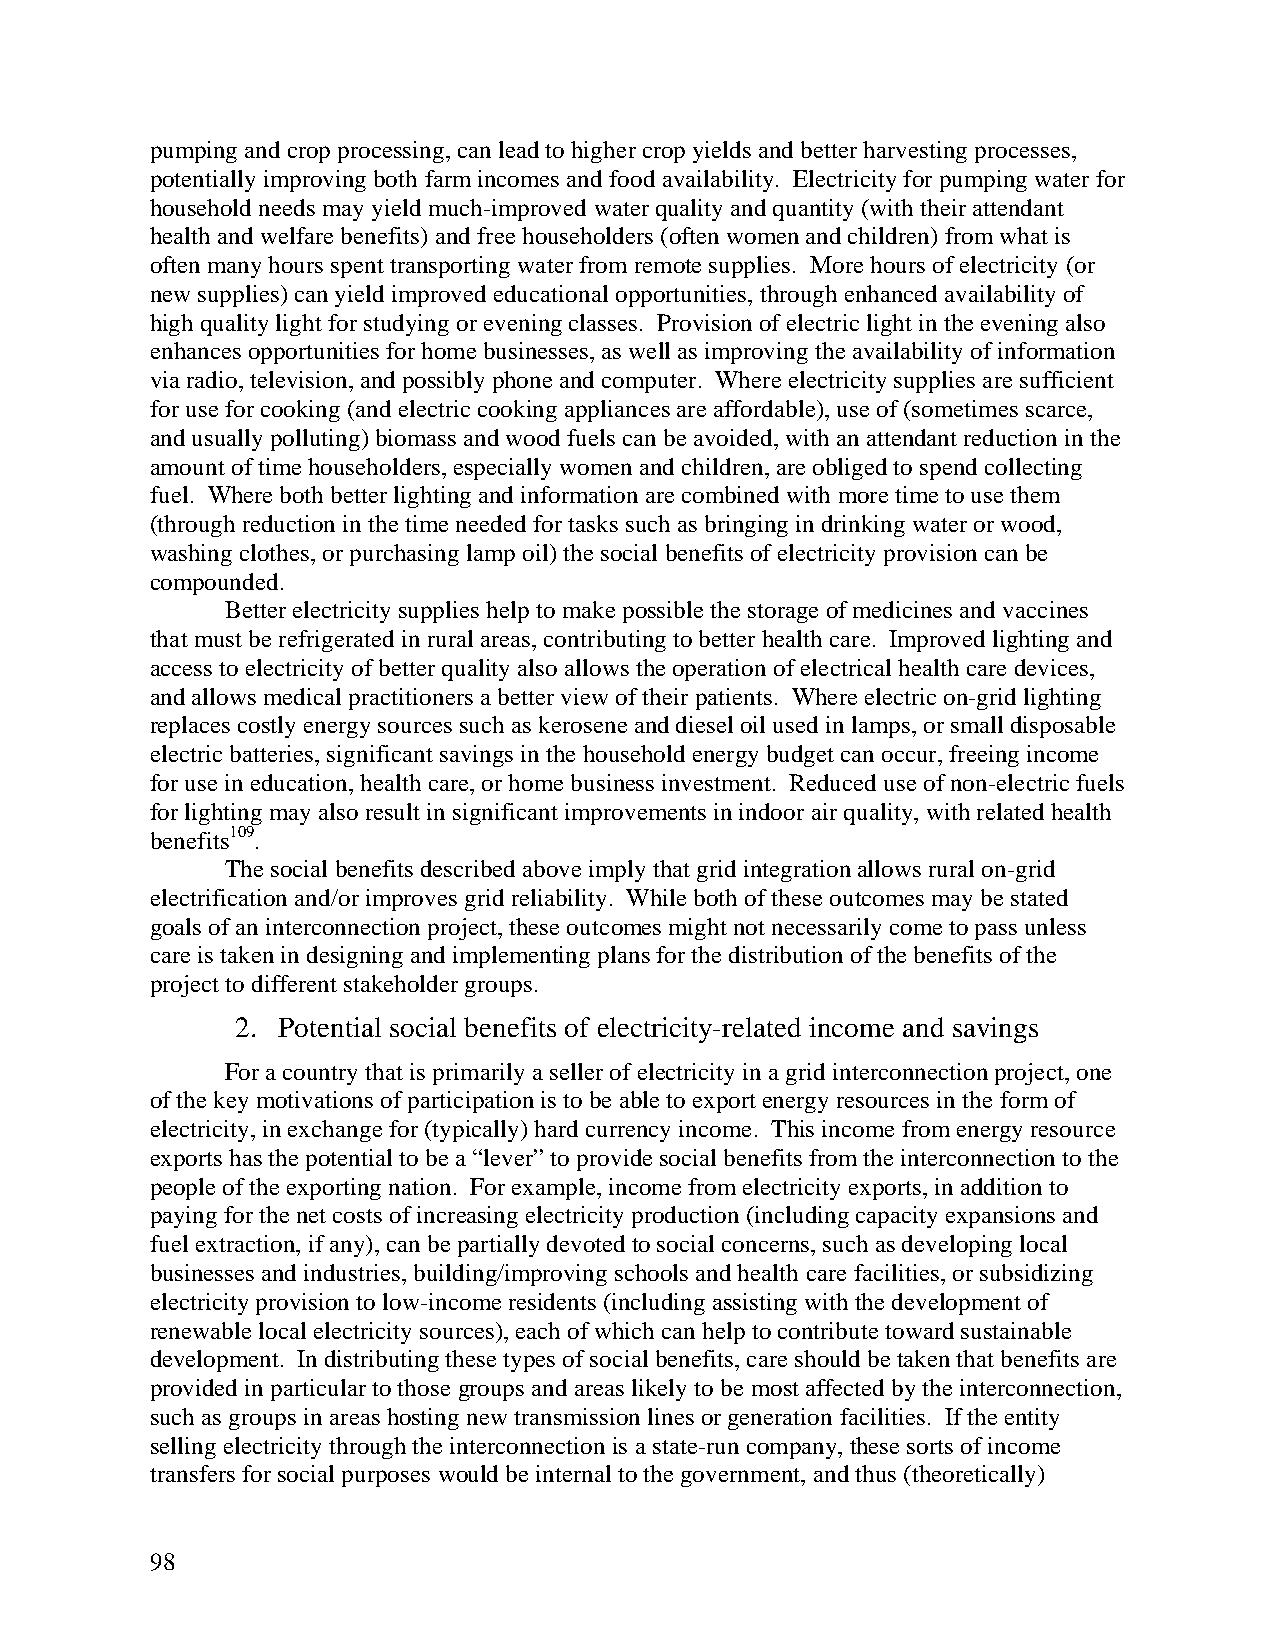
pumping and crop processing, can lead to higher crop yields and better harvesting processes,
 potentially improving both farm incomes and food availability. Electricity for pumping water for
 household needs may yield much-improved water quality and quantity (with their attendant
 health and welfare benefits) and free householders (often women and children) from what is
 often many hours spent transporting water from remote supplies. More hours of electricity (or
 new supplies) can yield improved educational opportunities, through enhanced availability of
 high quality light for studying or evening classes. Provision of electric light in the evening also
 enhances opportunities for home businesses, as well as improving the availability of information
 via radio, television, and possibly phone and computer. Where electricity supplies are sufficient
 for use for cooking (and electric cooking appliances are affordable), use of (sometimes scarce,
 and usually polluting) biomass and wood fuels can be avoided, with an attendant reduction in the
 amount of time householders, especially women and children, are obliged to spend collecting
 fuel. Where both better lighting and information are combined with more time to use them
 (through reduction in the time needed for tasks such as bringing in drinking water or wood,
 washing clothes, or purchasing lamp oil) the social benefits of electricity provision can be
 compounded.
 Better electricity supplies help to make possible the storage of medicines and vaccines
 that must be refrigerated in rural areas, contributing to better health care. Improved lighting and
 access to electricity of better quality also allows the operation of electrical health care devices,
 and allows medical practitioners a better view of their patients. Where electric on-grid lighting
 replaces costly energy sources such as kerosene and diesel oil used in lamps, or small disposable
 electric batteries, significant savings in the household energy budget can occur, freeing income
 for use in education, health care, or home business investment. Reduced use of non-electric fuels
 for lighting may also result in significant improvements in indoor air quality, with related health
 benefits109.
 The social benefits described above imply that grid integration allows rural on-grid
 electrification and/or improves grid reliability. While both of these outcomes may be stated
 goals of an interconnection project, these outcomes might not necessarily come to pass unless
 care is taken in designing and implementing plans for the distribution of the benefits of the
 project to different stakeholder groups.
 2. Potential social benefits of electricity-related income and savings
 For a country that is primarily a seller of electricity in a grid interconnection project, one
 of the key motivations of participation is to be able to export energy resources in the form of
 electricity, in exchange for (typically) hard currency income. This income from energy resource
 exports has the potential to be a “lever” to provide social benefits from the interconnection to the
 people of the exporting nation. For example, income from electricity exports, in addition to
 paying for the net costs of increasing electricity production (including capacity expansions and
 fuel extraction, if any), can be partially devoted to social concerns, such as developing local
 businesses and industries, building/improving schools and health care facilities, or subsidizing
 electricity provision to low-income residents (including assisting with the development of
 renewable local electricity sources), each of which can help to contribute toward sustainable
 development. In distributing these types of social benefits, care should be taken that benefits are
 provided in particular to those groups and areas likely to be most affected by the interconnection,
 such as groups in areas hosting new transmission lines or generation facilities. If the entity
 selling electricity through the interconnection is a state-run company, these sorts of income
 transfers for social purposes would be internal to the government, and thus (theoretically)
 98